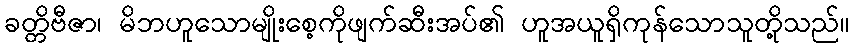
ခတ္တိဗီဇာ၊ မိဘဟူသောမျိုးစေ့ကိုဖျက်ဆီးအပ်၏ ဟူအယူရှိကုန်သောသူတို့သည်။